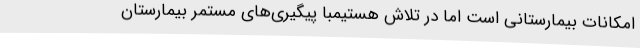
امکانات بیمارستانی است اما در تلاش هستیمبا پیگیری‌های مستمر بیمارستان